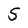
Character: 5